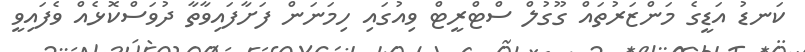
ކަނޑު އަޑީގެ މަންޒަރުތައް ގޫގުލް ސްޓްރީޓް ވިއުގައި ހިމަނަން ފަށާފައިވާތާ ދުވަސްކޮޅެއް ވެފައިވީ